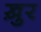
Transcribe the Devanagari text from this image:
ख़ुर